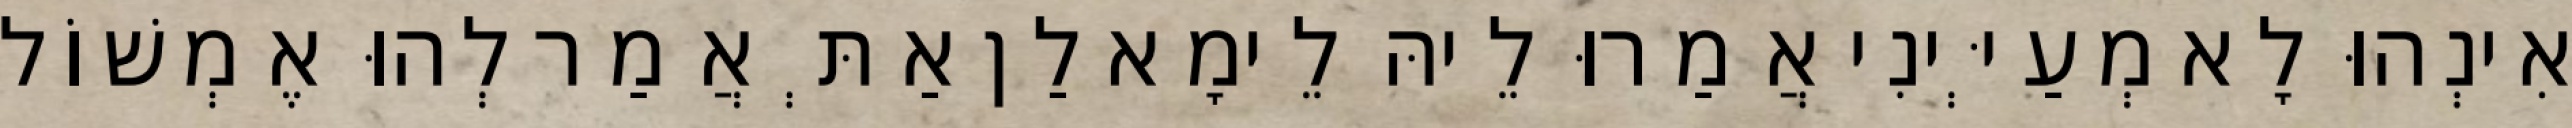
אִינְהוּ לָא מְעַיְּינִי אֲמַרוּ לֵיהּ לֵימָא לַן אַתְּ אֲמַר לְהוּ אֶמְשׁוֹל